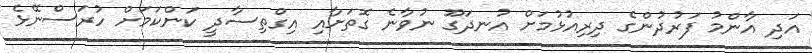
އަދި އާންމު ފަރުދުންގެ ދިރިއުޅުމަށް އުނދަގޫ ނުވާނެ ގޮތަށާއި އިގްތިސާދީ ކަންކަމަށް ހުރަސްނޭޅެ